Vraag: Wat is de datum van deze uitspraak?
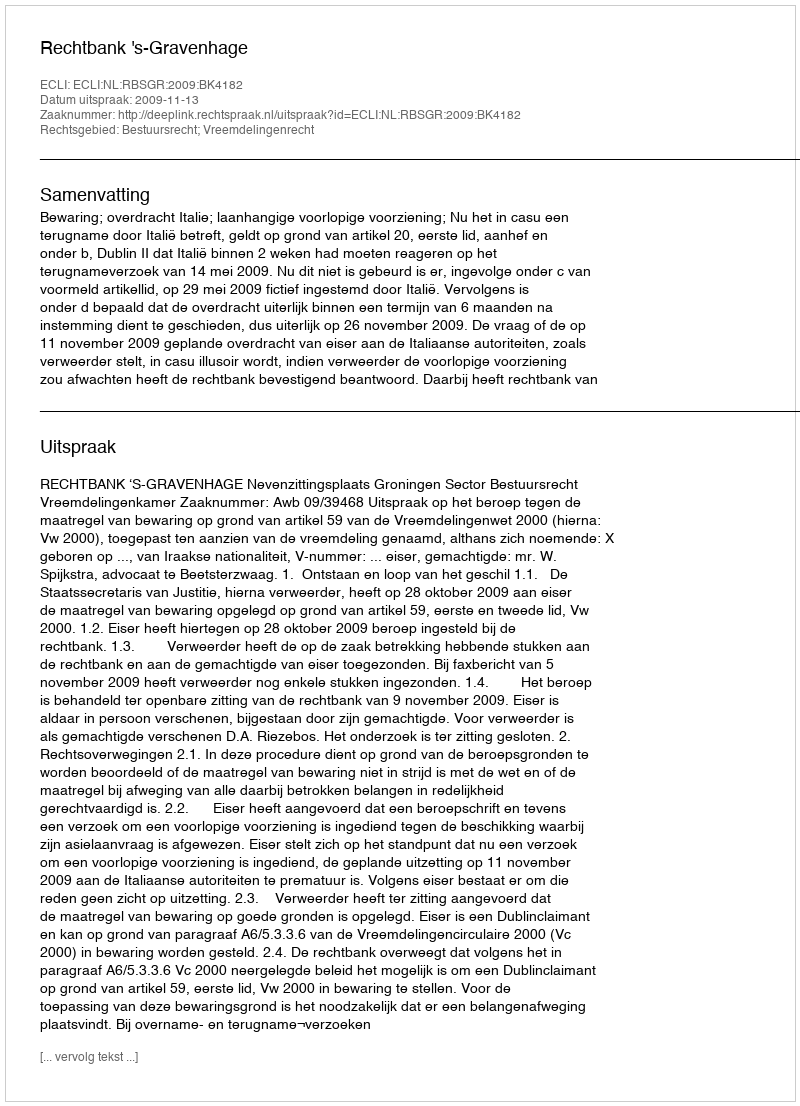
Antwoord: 2009-11-13